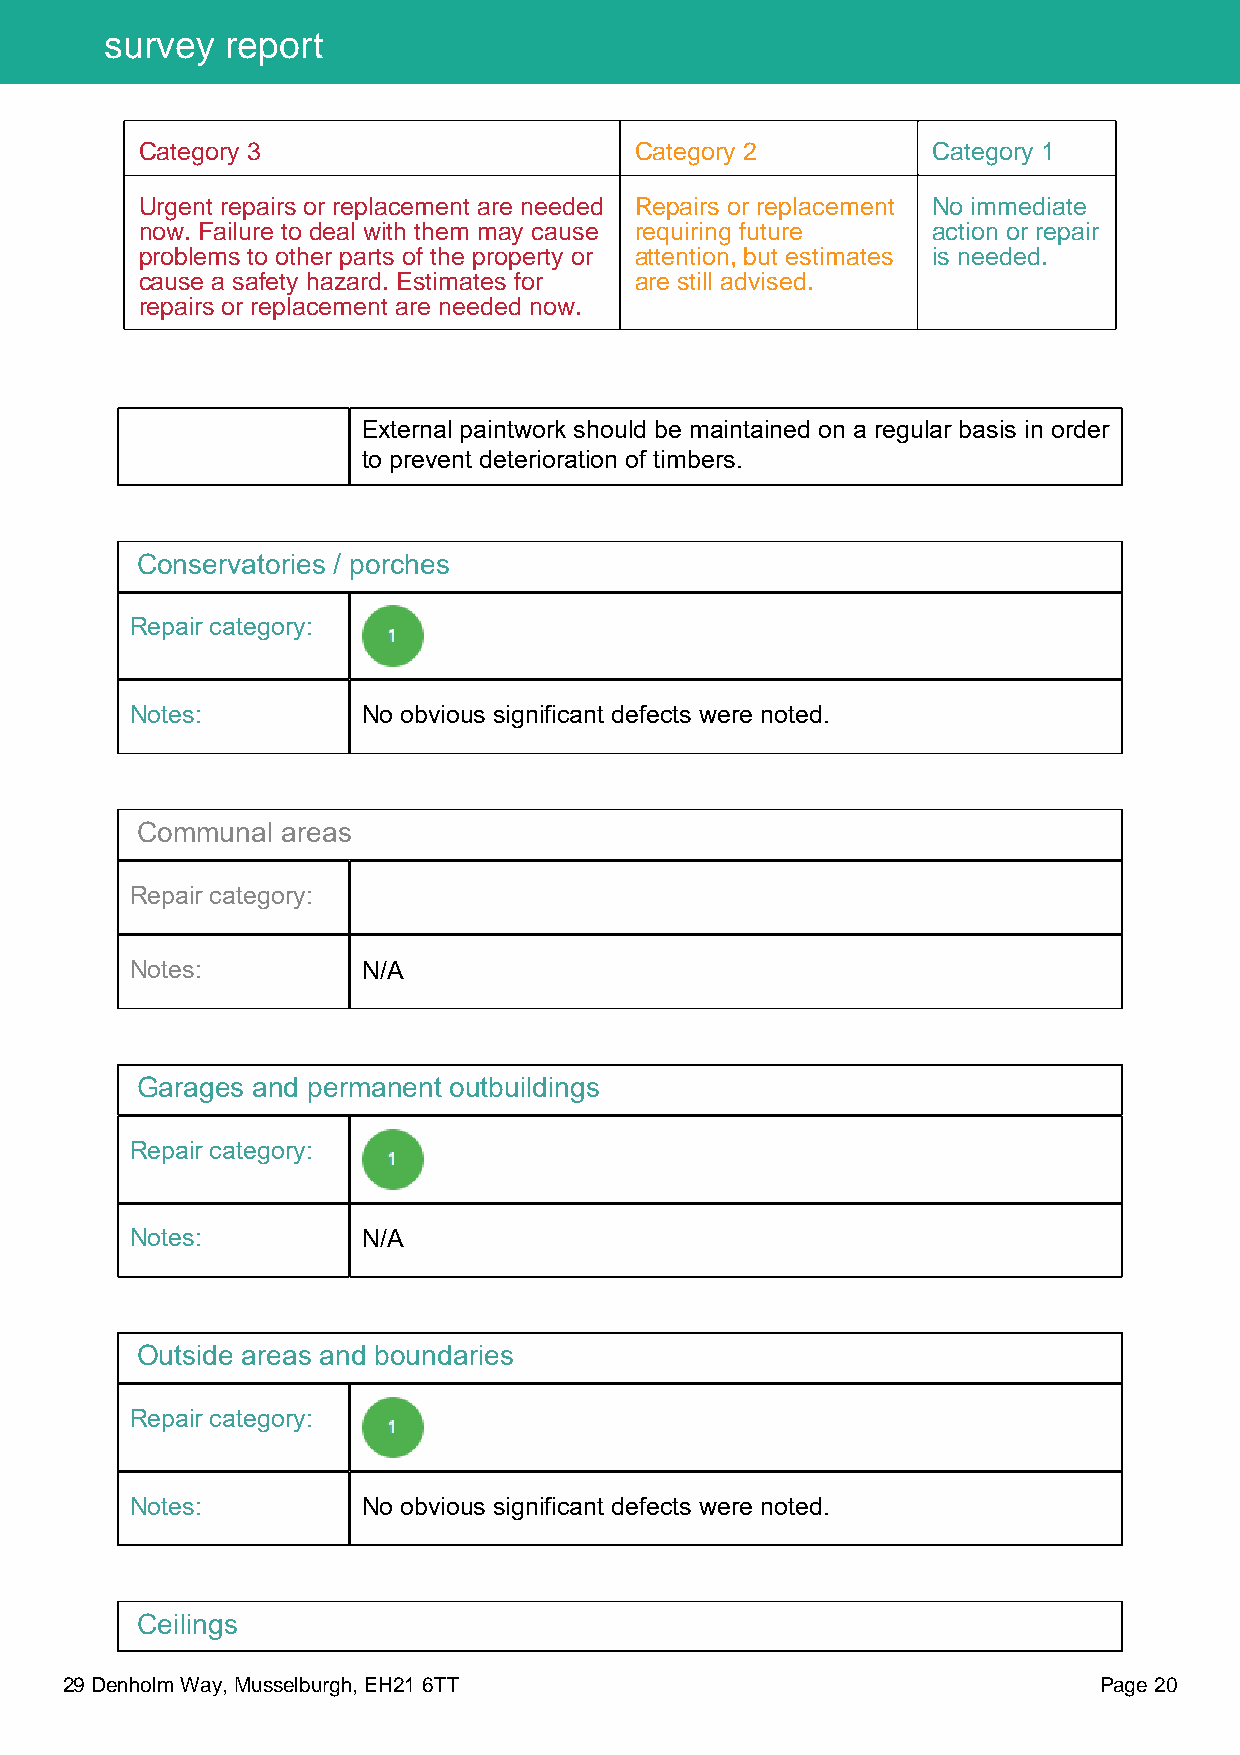
survey  report
 Category 3                       Category 2          Category 1
 Urgent repairs or replacement are needed Repairs or replacement No immediate
 now. Failure to deal with them may cause requiring future action or repair
 problems to other parts of the property or attention, but estimates is needed.
 cause a safety hazard. Estimates for are still advised.
 repairs or replacement are needed now.
 External paintwork should be maintained on a regular basis in order
 to prevent deterioration of timbers.
 Conservatories / porches
 Repair category:
 Notes:         No obvious significant defects were noted.
 Communal  areas
 Repair category:
 Notes:         N/A
 Garages and permanent outbuildings
 Repair category:
 Notes:         N/A
 Outside areas and boundaries
 Repair category:
 Notes:         No obvious significant defects were noted.
 Ceilings
 29 Denholm Way, Musselburgh, EH21 6TT                                Page 20